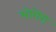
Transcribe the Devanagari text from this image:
मोगेरा